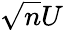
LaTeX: \sqrt{n}U